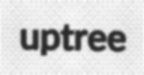
uptree